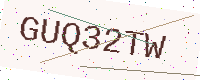
Text: GUQ32TW